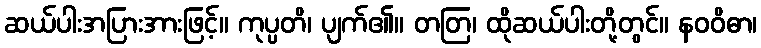
ဆယ်ပါးအပြားအားဖြင့်။ ကုပ္ပတိ၊ ပျက်၏။ တတြ၊ ထိုဆယ်ပါးတို့တွင်။ နဝဝိဓာ၊